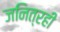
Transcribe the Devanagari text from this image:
जनित्रही